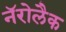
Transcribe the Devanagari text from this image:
नॅरोलैक